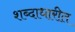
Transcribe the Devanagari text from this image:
शब्दाधारीत